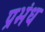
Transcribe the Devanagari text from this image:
प्रभंध